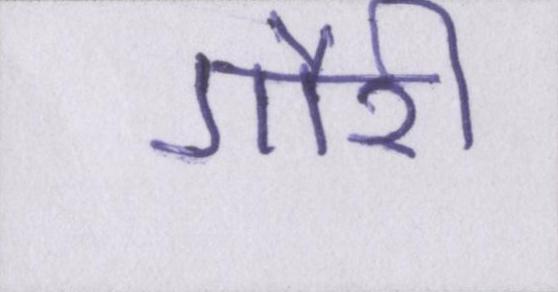
गौरी